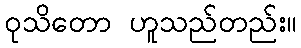
ဝုသိတော ဟူသည်တည်း။